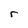
Character: r